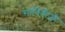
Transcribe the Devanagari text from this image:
सावित्रीजी